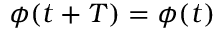
\phi ( t + T ) = \phi ( t ) \quad \quad { }